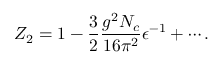
Z _ { 2 } = 1 - { \frac { 3 } { 2 } } { \frac { g ^ { 2 } N _ { c } } { 1 6 \pi ^ { 2 } } } \epsilon ^ { - 1 } + \cdots .